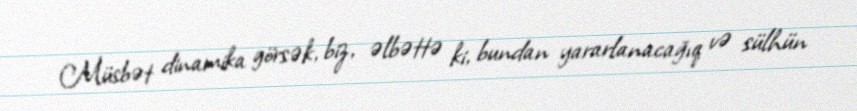
Müsbət dinamika görsək, biz, əlbəttə ki, bundan yararlanacağıq və sülhün